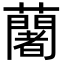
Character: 𮒼